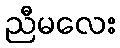
ညီမလေး